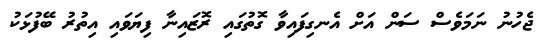
ޖެހުނު ނަމަވެސް ސަން އަށް އެނގިފައިވާ ގޮތުގައި ރޮޒައިނާ ފިޔަވައި އިތުރު ބޭފުޅަކު